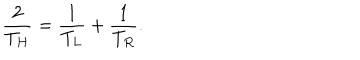
LaTeX: { \frac { 2 } { T _ { H } } } = { \frac { 1 } { T _ { L } } } + { \frac { 1 } { T _ { R } } } .